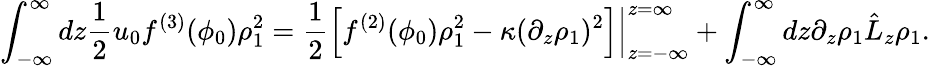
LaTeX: \int_{-\infty}^{\infty}dz\frac{1}{2}u_{0}f^{(3)}(\phi_{0})\rho_{1}^{2}=\frac{1}{2}\left.\left[f^{(2)}(\phi_{0})\rho_{1}^{2}-\kappa(\partial_{z}\rho_{1})^{2}\right]\right\vert_{z=-\infty}^{z=\infty}+\int_{-\infty}^{\infty}dz\partial_{z}\rho_{1}\hat{L}_{z}\rho_{1}.